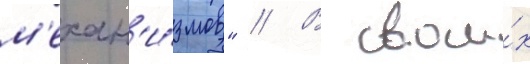
м'ехан'и́змов" // В свои́х